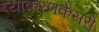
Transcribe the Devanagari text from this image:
व्याकरणकेसरी